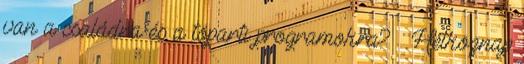
van a családra és a tóparti programokra? – Hétköznap